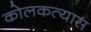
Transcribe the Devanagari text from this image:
कोलकत्यास